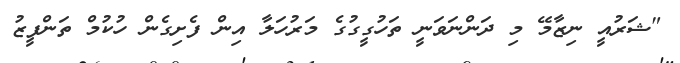
"ޝަރުއީ ނިޒާމޭ މި ދަންނަވަނީ ތަހުގީގުގެ މަރުހަލާ އިން ފެށިގެން ހުކުމް ތަންފީޒު